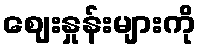
ဈေးနှုန်းများကို